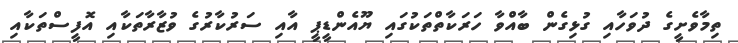
ތިމާވެށީގެ ދުވަހާއި ގުޅިގެން ބާއްވާ ހަރަކާތްތަކުގައި ޔޫއެންޑީޕީ އާއި ސަރުކާރުގެ ވުޒާރާތަކާއި އޮފީސްތަކާއި